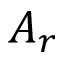
A _ { r }